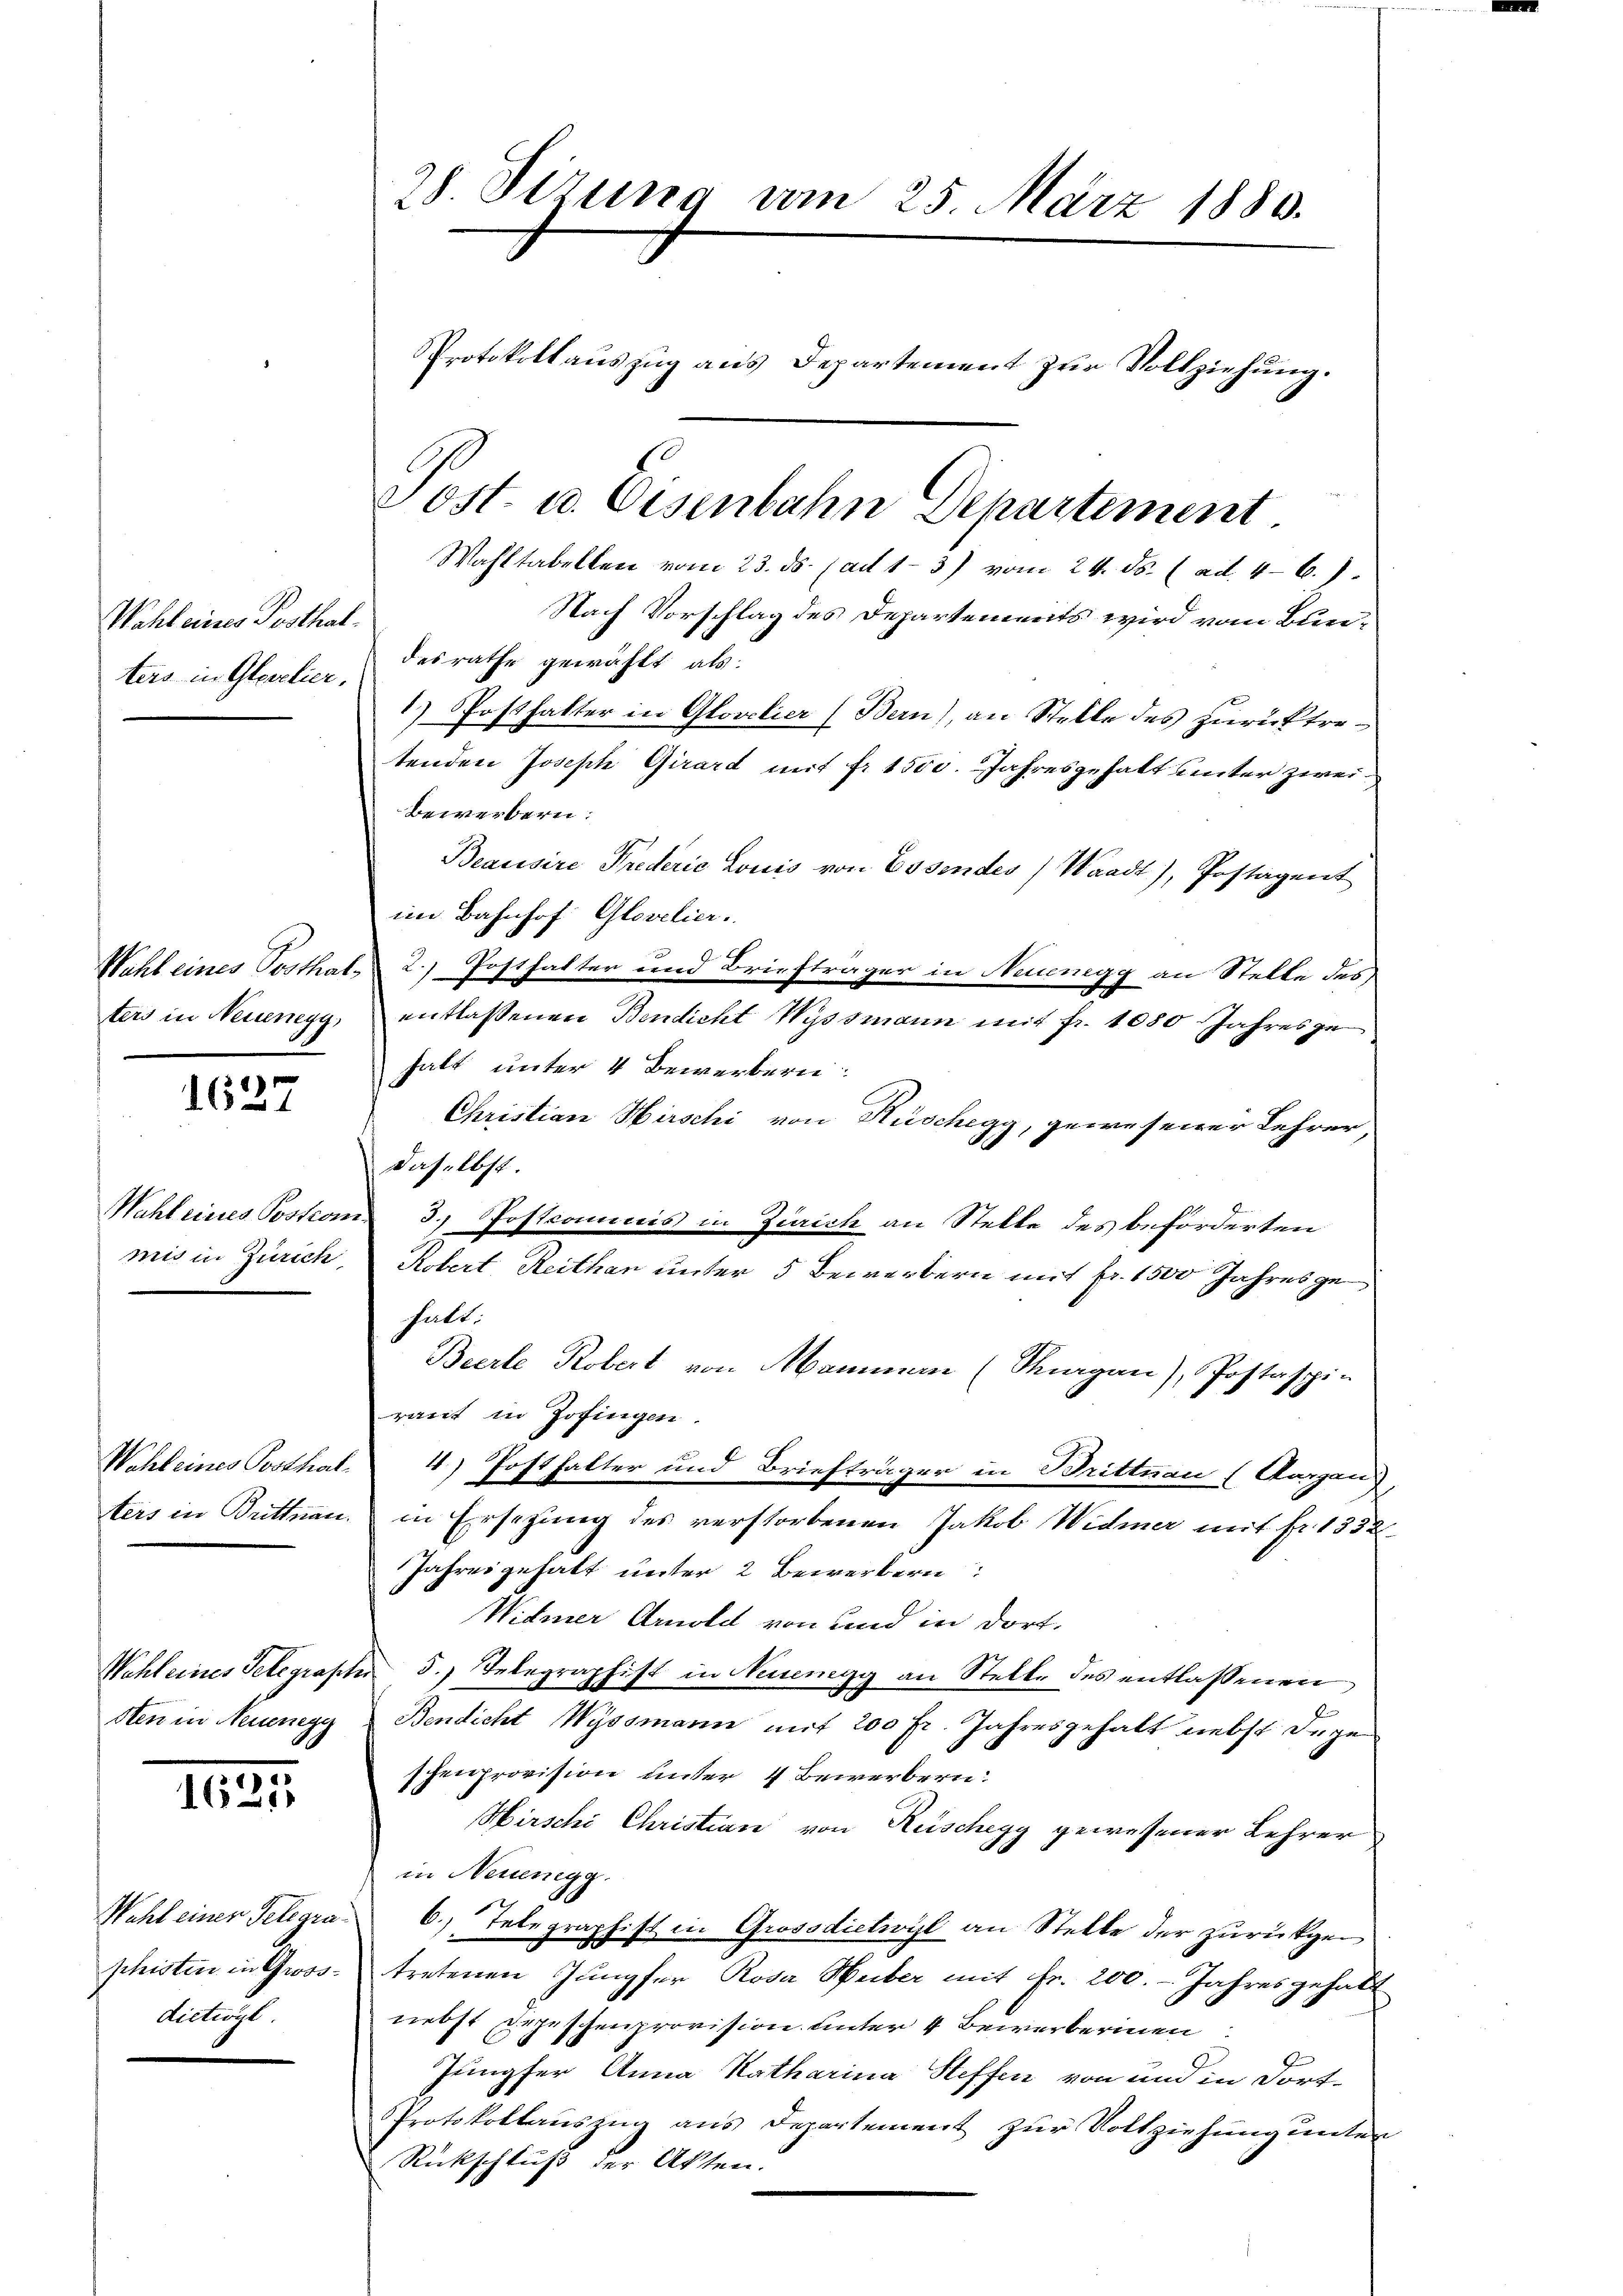
Wahl eines Posthalters in Gleichier,

Wahl eines Posthat.
ters in Neuenegg,

1627

mis in Zürich,

Wohleines Posthalters in Brittnau.

sten in Neuenegg

1621

Wahl einer Telegrashisten in Grosdictiogl

28 Sirung vom 25. März 1880.
Protokollauszug aus Departement zur Vollziehung.

Wahltabellen vom 23. ds. (ad 1-3) vom 24. ds. (ad 4-6.)
Nach Vorschlag des Departements wird vom Bundesrathe gewählt als:
1) Posthalter in Glovlier (Bern), an Stelle des zurücktretenden Joseph Girard mit fr. 1500. Jahresgehalt unter zweibewerbern:
Beausire Prederić Louis von Essendes) Waadt), Postagent
im Bahnhof Glovelier.
2.) Posthalter und Briefträger in Neuegg an Stelle des
entlassenen Bendicht Wyssmann mit fr. 1080 Jahresze
halt unter 4 Bewerbern:
Christian Hirschi von Hüschegg, gewesener Lehrer,
daselbst.
Wahl eines Sostrom 3. Postcommis in Zürich an Stelle des beförderten
Robert Reithan unter 5 Bewerbern mit fr. 1500 Jahres gehalt.
Bierte Robert von Mammen (Margau), Postaspin
raut in Zofingen.
4) Posthalter und Briefträger in Brittnau (Aargau),
in Ersetzung des verstorbenen Jakob Widmer mit fr. 1532
Jahresgehalt unter 2 Bewerbern
Widmer Arnold von und in dort.
Wahl eines Telegraphe 5.) Inbegraphist in Neuenegg an Stelle des entlassenen
Bendicht Wyssmann mit 200 fr. Jahresgehalt nebst dage
schenprovision unter 4 Bewerbern:
Hirschi Christian von Rüschegg gewesener Lehrer
in Neuenegg.
6. Telegraphist in Grosodietwyl an Stelle der zurückgen
tretenen Jungfer Rosa Weiber mit Fr. 200. - Jahres gehalt
nebst Zepeschenprovision unter 4 Bewerberinen
Jungfer Anna Katharina Steffen von und in dort¬
Protokollauszug aus Departement zur Vollziehung unter
Rückschluß der Akten.

Post. u. Eisenbahn Departement.